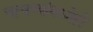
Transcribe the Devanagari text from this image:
चाचण्यांमध्येही